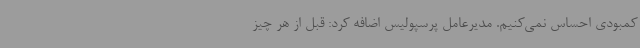
کمبودی احساس نمی‌کنیم. مدیرعامل پرسپولیس اضافه کرد: قبل از هر چیز